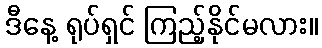
ဒီနေ့ ရုပ်ရှင် ကြည့်နိုင်မလား။